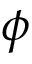
\phi